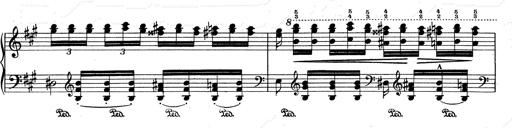
Title: RÃ©miniscences de Don Juan
Composer: Franz Liszt